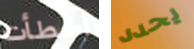
أخطأت يحدد